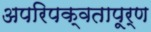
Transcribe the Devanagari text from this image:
अपरिपक्वतापूर्ण